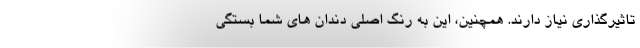
تاثیرگذاری نیاز دارند. همچنین، این به رنگ اصلی دندان های شما بستگی